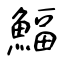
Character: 鰏